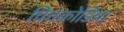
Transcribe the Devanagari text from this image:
चित्तकोडिया